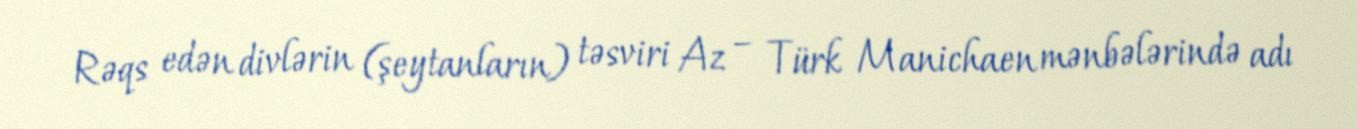
Rəqs edən divlərin (şeytanların) təsviri Az – Türk Manichaen mənbələrində adı